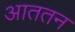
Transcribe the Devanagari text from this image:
आततन